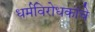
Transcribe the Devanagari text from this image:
धर्मविरोधकांचे